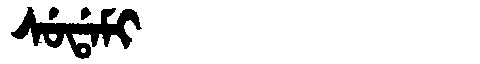
Manchu: ᠰᡠᡩᠠᠮᡳ
Romanization: SUDAMI